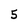
Character: 5